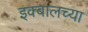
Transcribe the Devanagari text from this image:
इक्बालच्या